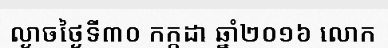
ល្ងាចថ្ងៃទី៣០ កក្កដា ឆ្នាំ២០១៦ លោក